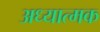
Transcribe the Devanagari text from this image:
अध्यात्मक